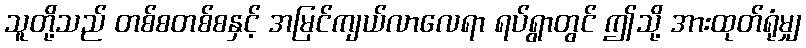
သူတို့သည် တစ်စတစ်စနှင့် အမြင်ကျယ်လာလေရာ ရပ်ရွာတွင် ဤသို့ အားထုတ်ရုံမျှ